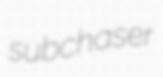
subchaser